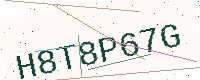
Text: H8T8P67G